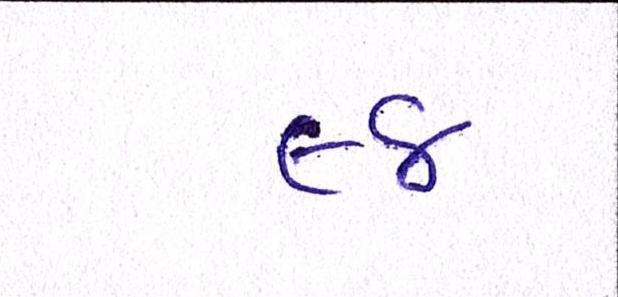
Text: ૯૪